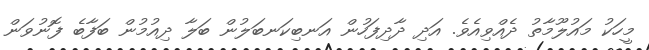
މީހަކު މައުލޫމާތު ދެއްވިއެވެ. އަދި ދާދިފަހުން އަނބިކަނބަލުން ބަލާ ދިއުމުން ބަފާބެ ފޮނުވަން